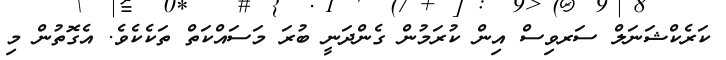
ކަރެކްޝަނަލް ސަރވިސް އިން ކުރަމުން ގެންދަނީ ބުރަ މަސައްކަތް ތަކެކެވެ. އެގޮތުން މި